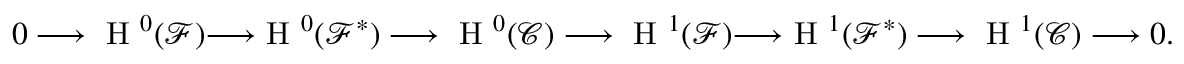
\begin{array} { r } { 0 \longrightarrow \textnormal { H } ^ { 0 } ( \mathcal { F } ) { \longrightarrow } \textnormal { H } ^ { 0 } ( \mathcal { F } ^ { * } ) \longrightarrow \textnormal { H } ^ { 0 } ( \mathcal { C } ) \longrightarrow \textnormal { H } ^ { 1 } ( \mathcal { F } ) { \longrightarrow } \textnormal { H } ^ { 1 } ( \mathcal { F } ^ { * } ) \longrightarrow \textnormal { H } ^ { 1 } ( \mathcal { C } ) \longrightarrow 0 . } \end{array}